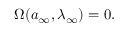
\begin{array} { r } { \Omega ( { a } _ { \infty } , \lambda _ { \infty } ) = 0 . } \end{array}